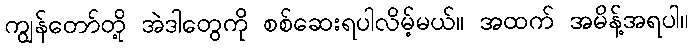
ကျွန်တော်တို့ အဲဒါတွေကို စစ်ဆေးရပါလိမ့်မယ်။ အထက် အမိန့်အရပါ။